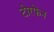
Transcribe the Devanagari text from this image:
टोरफेन